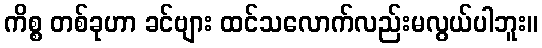
ကိစ္စ တစ်ခုဟာ ခင်ဗျား ထင်သလောက်လည်းမလွယ်ပါဘူး။